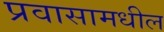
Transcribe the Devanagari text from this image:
प्रवासामधील